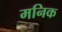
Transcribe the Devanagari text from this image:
मनिक